Distribution and causation of leprosy in British India
Year: 1875
Disease focus: Leprosy
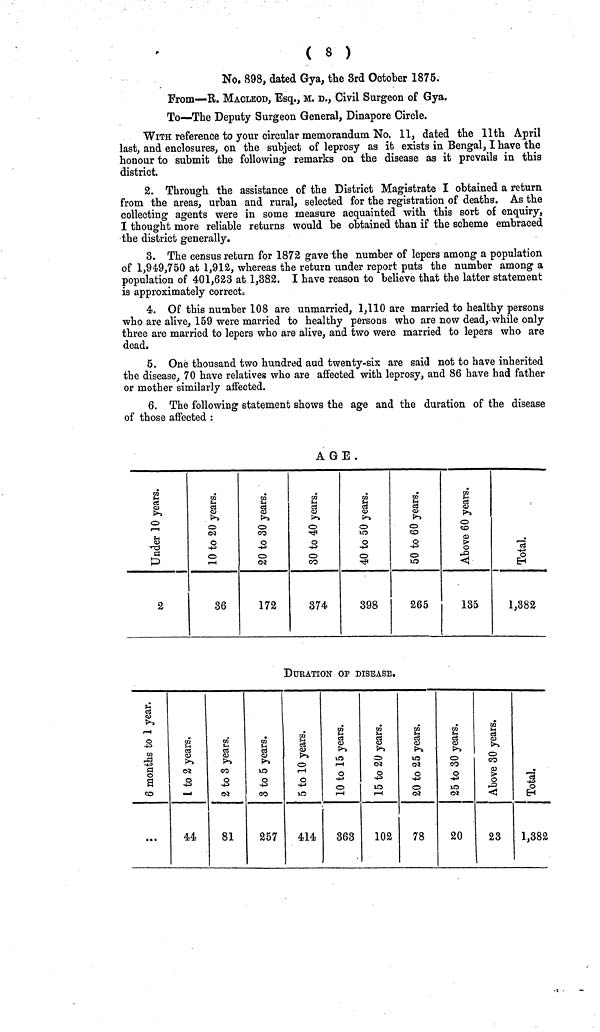
( 8 )
No. 898, dated Gya, the 3rd October 1875.
From—E. MACLEOD, Esq., M. D., Civil Surgeon of Gya.
To—The Deputy Surgeon General, Dinapore Circle.
WITH reference to your circular memorandum No. 11, dated the llth April
last, and enclosures, on the subject of leprosy as it exists in Bengal, I have the
honour to submit the following remarks on the disease as it prevails in this
district.
2. Through the assistance of the District Magistrate I obtained a return
from the areas, urban and rural, selected for the registration^of deaths. As the
collecting agents were in some measure acquainted with this sort of enquiry,
I thought more reliable returns would be obtained than if the scheme embraced
9
the district generally.
3. The census return for 1872 gave the number of lepers among a population
of 1,949,750 at 1,912, whereas the return under report puts the number among a
population of 401,623 at 1,382. I have reason to believe that the latter statement
is approximately correct,
4. Of this number 108 are unmarried, 1,110 are married to healthy persons
who are alive, 159 were married to healthy persons who are now dead, while only
three are married to lepers who are alive, and two were married to lepers who are
dead.
5. One thousand two hundred aud twenty-six are said not to have inherited
the disease, 70 have relatives who are affected with leprosy, and 86 have had father
or mother similarly affected.
6. The following statement shows the age and the duration of the disease
of those affected :
A ft "R .
2
36
172
374
398
265
135
1,382
DURATION OP DISEASE.
...
44
81
257
414
363
102
78
20
23
1,382